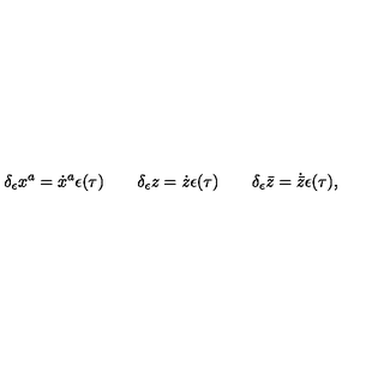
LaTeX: \delta _ { \epsilon } x ^ { a } = \dot { x } ^ { a } \epsilon ( \tau ) \qquad \delta _ { \epsilon } z = \dot { z } \epsilon ( \tau ) \qquad \delta _ { \epsilon } \bar { z } = \dot { \bar { z } } \epsilon ( \tau ) ,